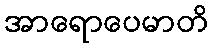
အာရောပေမာတိ